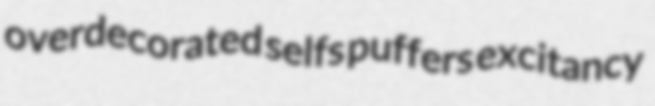
overdecorated selfs puffers excitancy